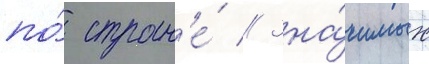
по́ стран'е́ // Зна́чимых